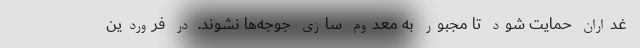
غداران حمایت شود تا مجبور به معدوم سازی جوجه‌ها نشوند. در فروردین